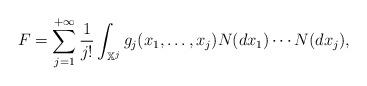
LaTeX: \begin{align*}F =\sum_{j=1}^{+\infty} \frac{1}{j!} \int_{\mathbb X^j} g_j(x_1,\ldots,x_j) N(dx_1) \cdots N(dx_j),\end{align*}